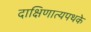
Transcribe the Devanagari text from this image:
दाक्षिणात्यपथके